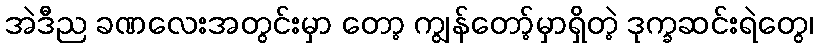
အဲဒီည ခဏလေးအတွင်းမှာ တော့ ကျွန်တော့်မှာရှိတဲ့ ဒုက္ခဆင်းရဲတွေ၊